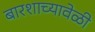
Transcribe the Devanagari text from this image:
बारशाच्यावेळी